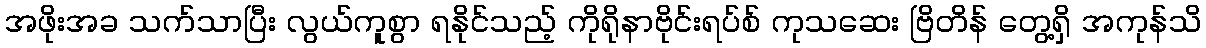
အဖိုးအခ သက်သာပြီး လွယ်ကူစွာ ရနိုင်သည့် ကိုရိုနာဗိုင်းရပ်စ် ကုသဆေး ဗြိတိန် တွေ့ရှိ အကုန်သိ